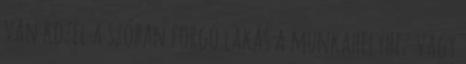
van közel a szóban forgó lakás a munkahelyhez vagy